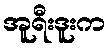
အူရီးဒူးက